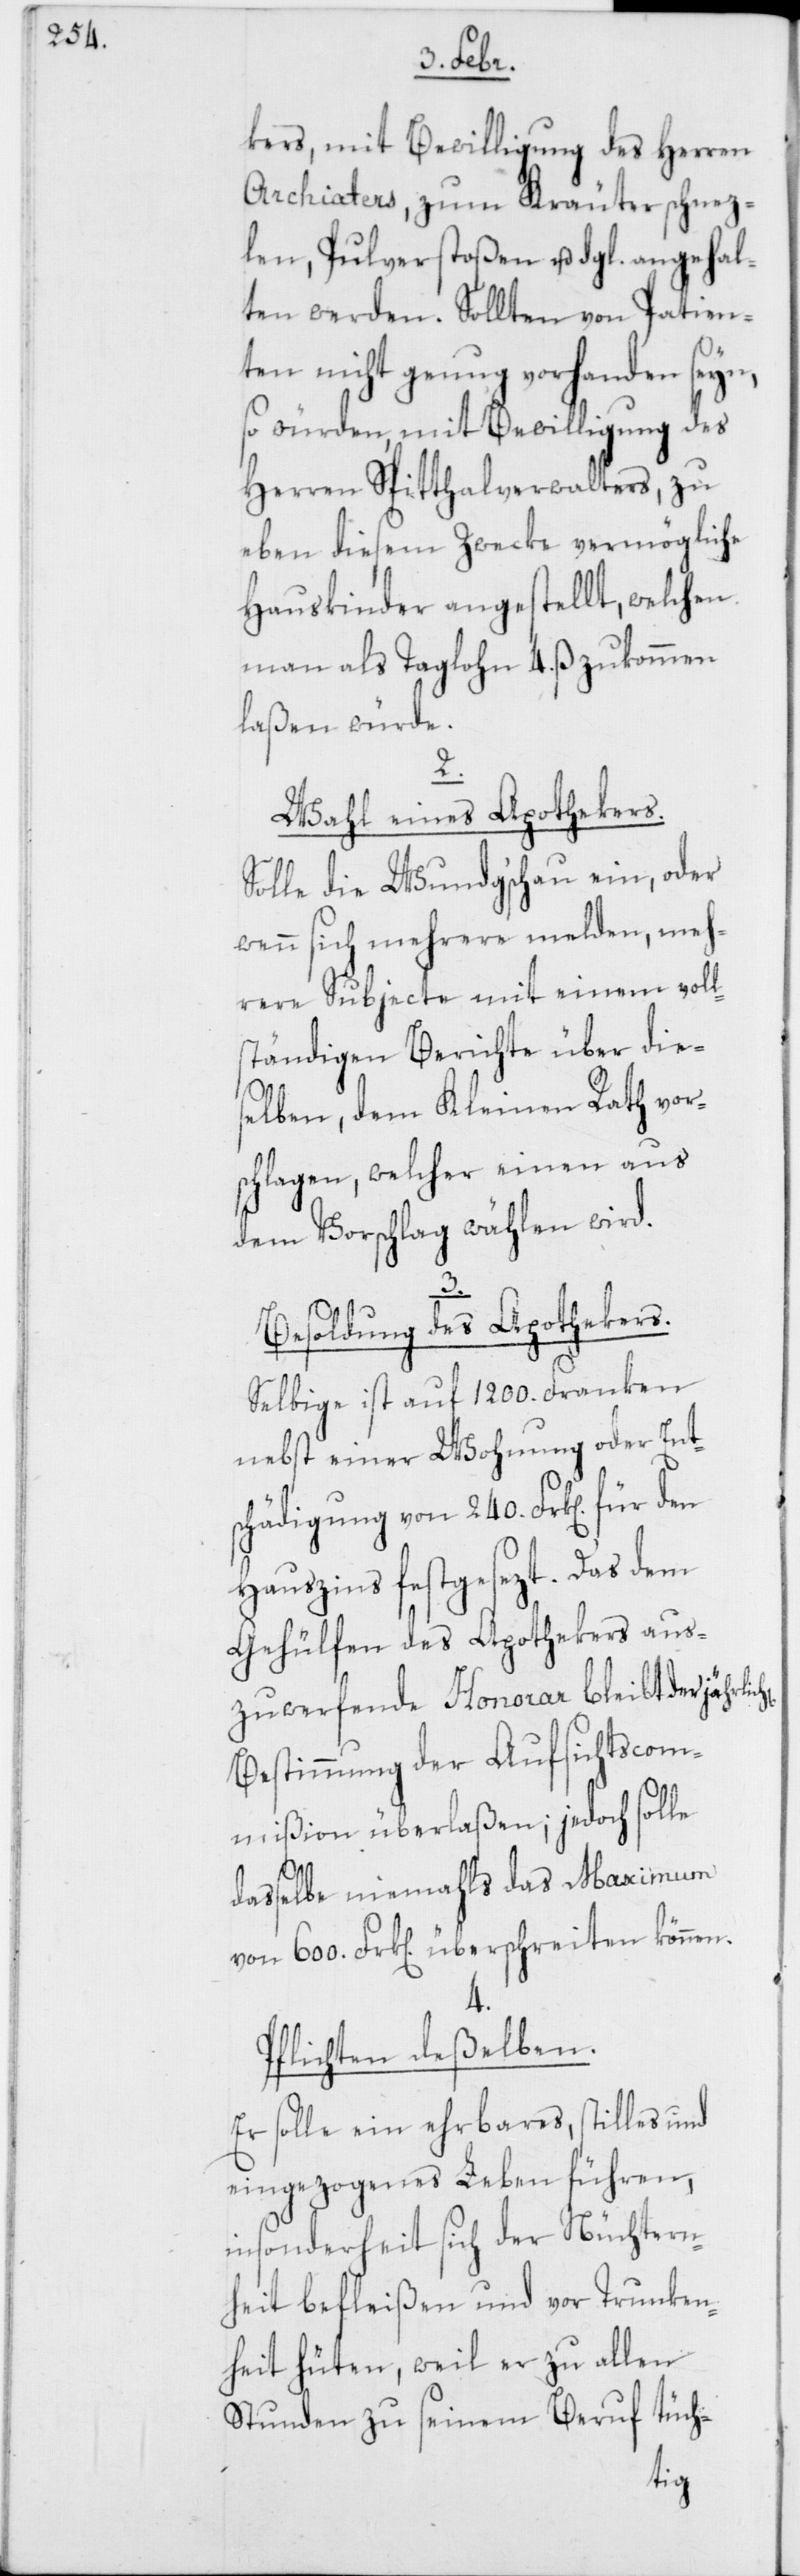
kers, mit Bewilligung des Herren
Archiaters, zum Kräuterschnez¬
len, Pulverstoßen u. dgl. angehal¬
ten werden. Sollten von Patien¬
ten nicht genug vorhanden seyn,
so würden, mit Bewilligung des
Herren Spitthalverwalters, zu
eben diesem Zwecke vermögliche
Hauskinder angestellt, welchen
man als Taglohn 4. ß zukommen
laßen würde.
2.
Wahl eines Apothekers.
Solle die Wundg’schau ein, oder
wenn sich mehrere melden, meh¬
rere Subjecte mit einem voll¬
ständigen Berichte über die¬
selben, dem Kleinen Rath vor¬
schlagen, welcher einen aus
dem Vorschlag wählen wird.
en
Besoldung des Apothekers.
Selbige ist auf 1200. Franken
nebst einer Wohnung oder Ent¬
schädigung von 240. Frk[en] für den
Hauszins festgesezt. Das dem
Gehülfen des Apothekers aus¬
zuwerfende Honorar bleibt der jährlich¬
Bestimmung der Aufsichtscom¬
mißion überlaßen; jedoch solle
daßelbe niemahls das Maximum
von 600. Frk[en] überschreiten können.
4.
Pflichten deßelben.
Er solle ein ehrbares, stilles und
eingezogenes Leben führen,
insonderheit sich der Nüchtern¬
heit befleißen und vor Trunken¬
heit hüten, weil er zu allen
Stunden zu seinem Beruf tüch-